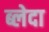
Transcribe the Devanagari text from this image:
ब्लेदा